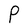
Character: P